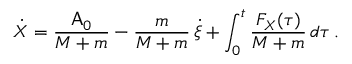
\dot { X } = \frac { \mathsf { A } _ { 0 } } { M + m } - \frac { m } { M + m } \, \dot { \xi } + \int _ { 0 } ^ { t } \frac { F _ { X } ( \tau ) } { M + m } \, d \tau \, .